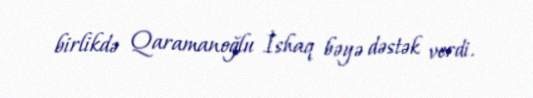
birlikdə Qaramanoğlu İshaq bəyə dəstək verdi.